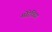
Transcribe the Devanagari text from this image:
मोरेविया